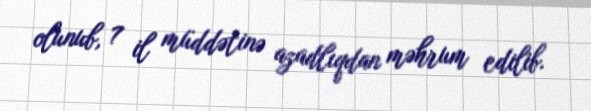
olunub, 7 il müddətinə azadlıqdan məhrum edilib.